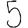
Digit: 5